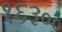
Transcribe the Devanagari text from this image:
१६३००